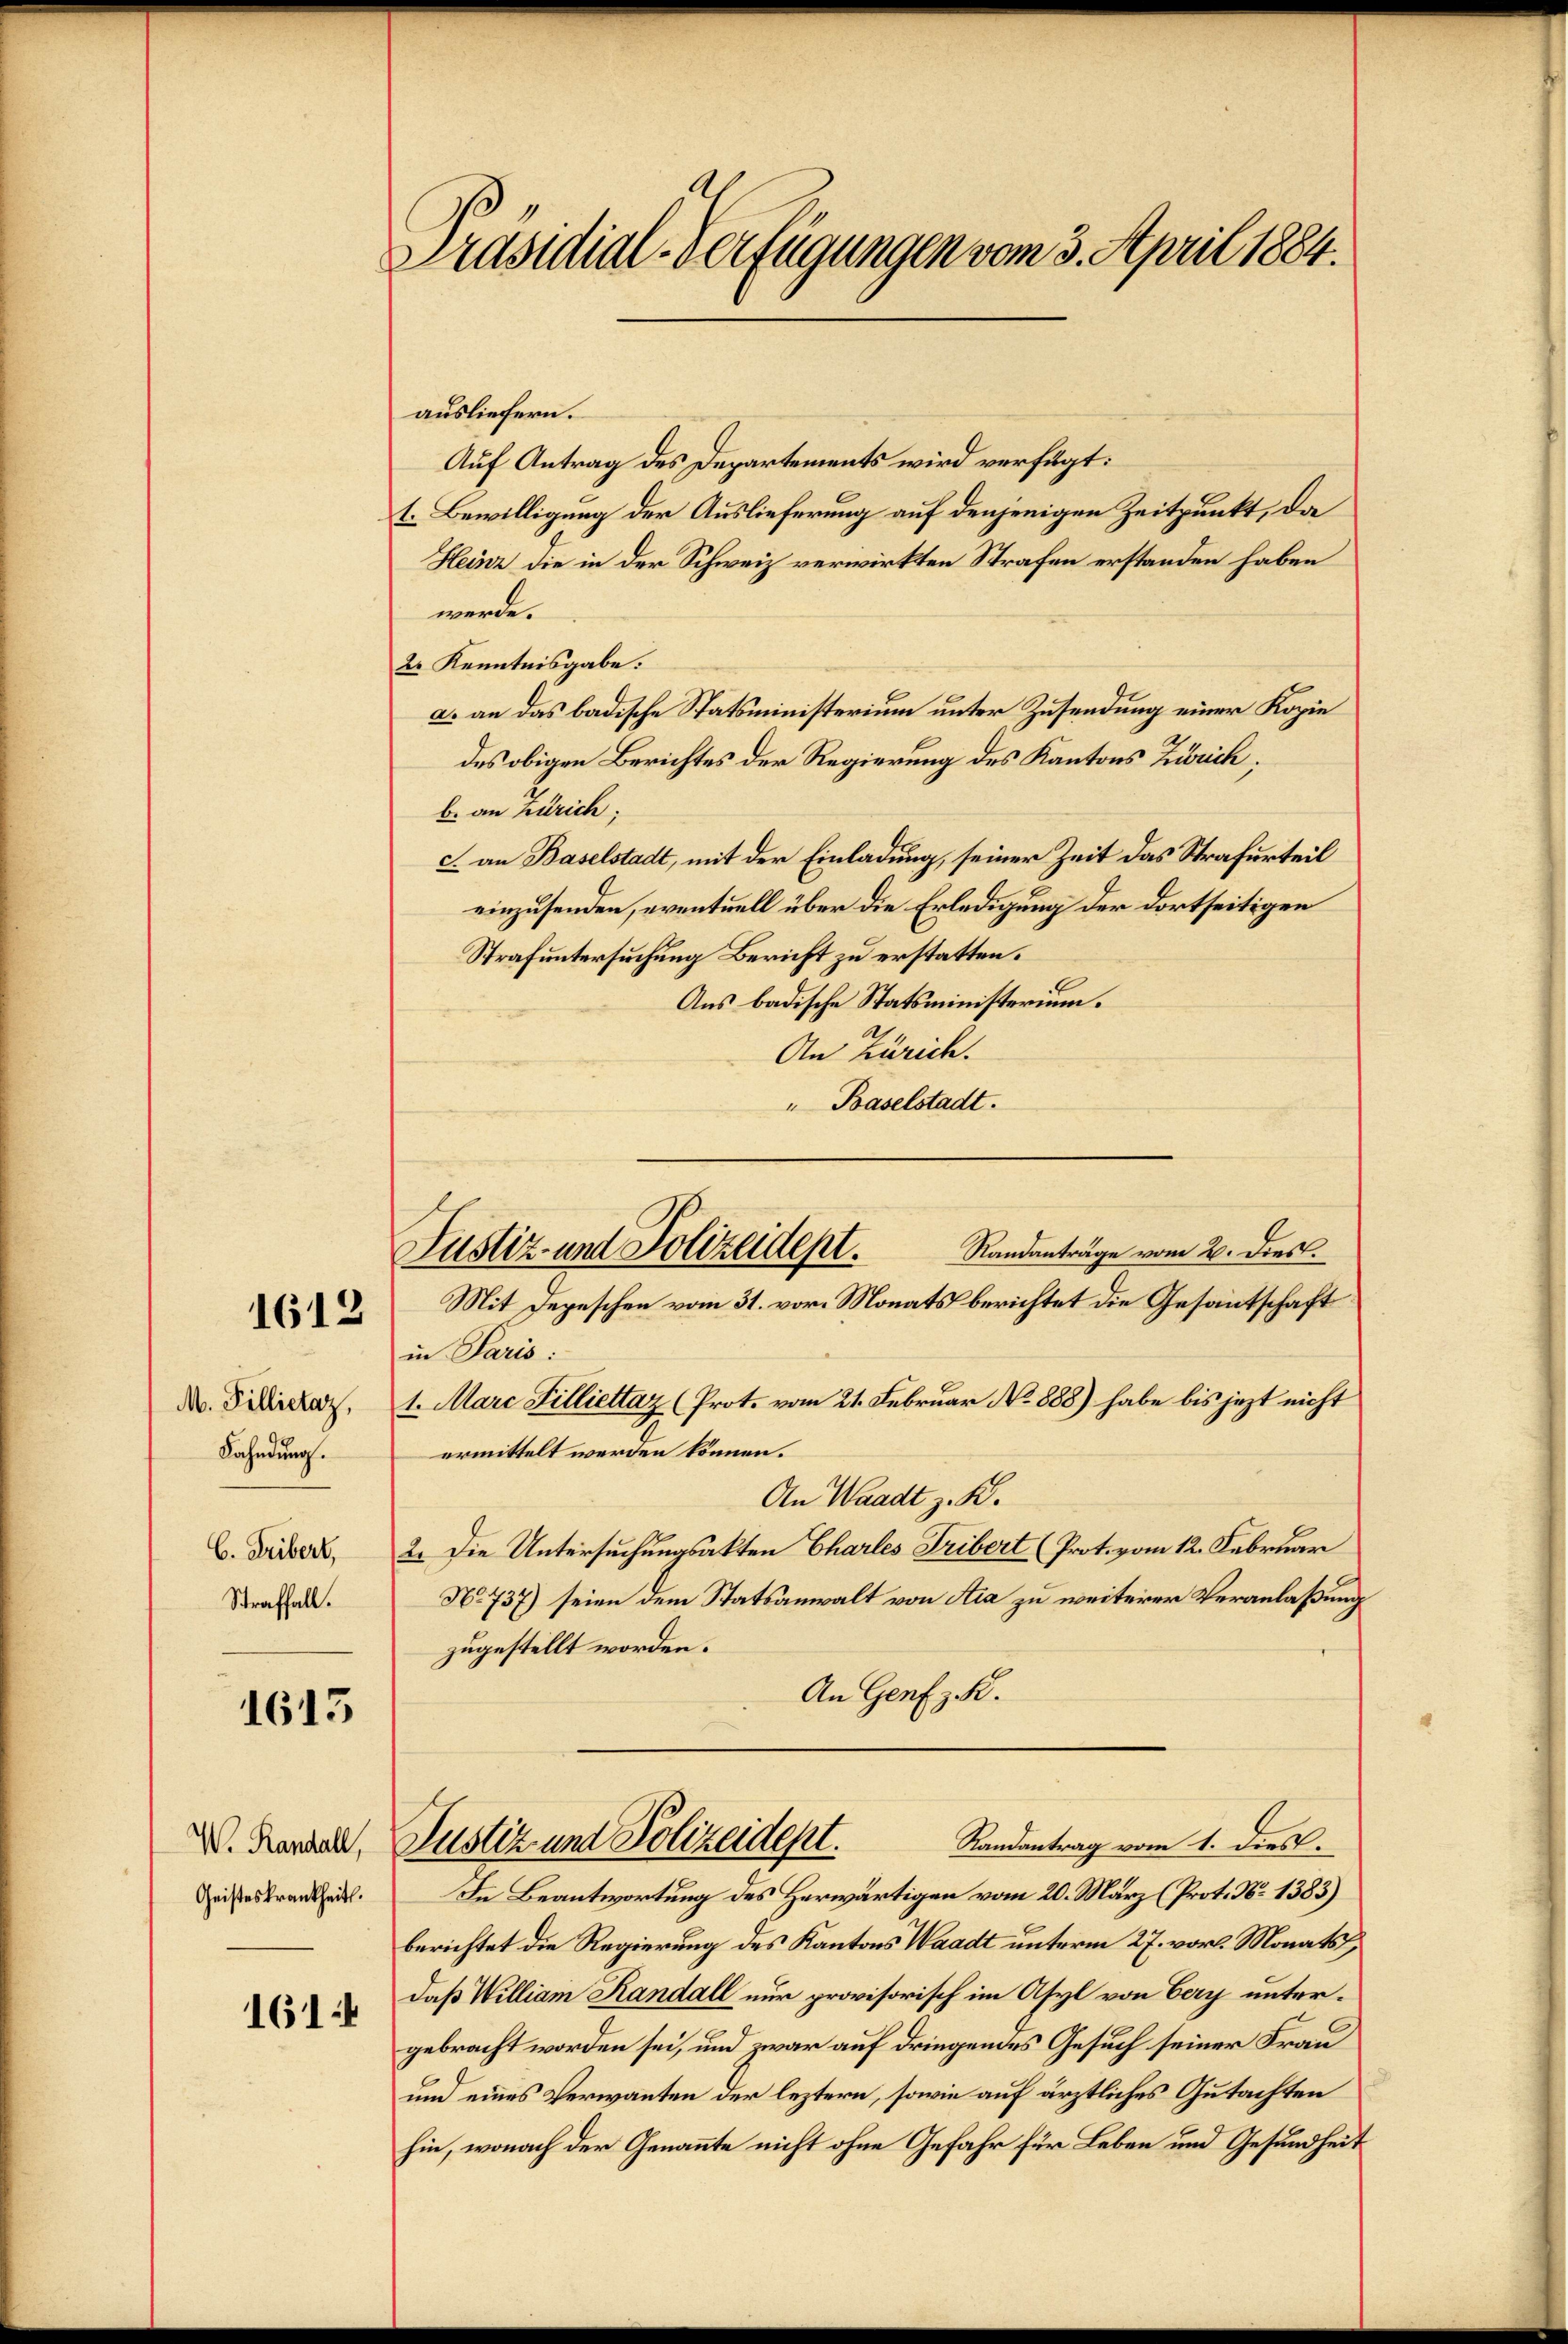
1612

M. Pillietaz,
Fahndung.
C. Freibert,
Straffall.

1615

Geisteskrankheits.
1614

Präsidial-Verfügungen vom 3. April 1884.

ausliefern.
Auf Antrag des Departements wird verfügt:
t. Bewilligung der Auslieferung auf denjenigen Zeitpunkt, da
Heinz die in der Schweiz verwirkten Strafen erstanden haben
werde.
2r Kenntnisgabe.
a. an das badische Statsministerium unter Zusendung einer Kopie
des obigen Berichtes der Regierung des Kantons Zürich;
b. an Zürich;
c. an Baselstadt, mit der Einladung, seiner Zeit das Strafurteil
einzusenden, eventuell über die Erledigung der dortseitigen
Strafuntersuchung Bericht zu erstatten.
Aus badische Statsministerium.
An Zürich.
" Baselstadt.
Mit Depeschen vom 31. vor. Monats berichtet die Gesantschaft
in Paris:
1. Marc Filliettaz (Prot. vom 21. Februar No 888) habe bis jezt nicht
ermittelt werden können.
An Waadt z. B.
2. Die Untersuchungsakten Charles Tribert (Prot. vom 12. Februar
No. 737) seien dem Statsanwalt von Aia zu weiterer Veranlaßung
zugestellt worden.
An Genf z. R.
Randantrag vom 1. dies
V. Konzell, Justiz- und Polizeidept.
In Beantwortung des Herwärtigen vom 20. März (Prot. No 1383)
berichtet die Regierung des Kantons Waadt unterm 27. vor. Monats,
daß William Randall nur provisorisch im Asyl von Eery untergebracht worden sei, und zwar auf dringendes Gesuch seiner Frau
und eines Verwanten der leztern, sowie auf ärztliches Gutachten
hin, wonach der Genannte nicht ohne Gefahr für Leben und Gesundheit

Randanträge vom 2. Dies.
Justiz- und Polizeidept.